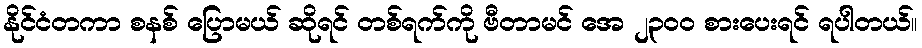
နိုင်ငံတကာ စနစ် ပြောမယ် ဆိုရင် တစ်ရက်ကို ဗီတာမင် အေ ၂၃၀၀ စားပေးရင် ရပါတယ်။